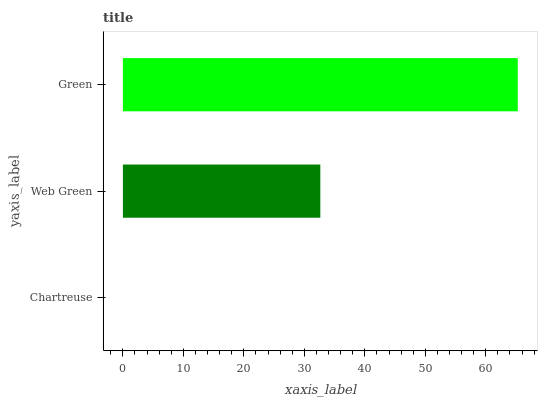
| yaxis_label | bars |
 | --- | --- |
 | Chartreuse | 0 |
 | Web Green | 32.6 |
 | Green | 65.3 |